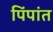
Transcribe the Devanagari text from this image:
पिंपांत